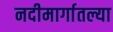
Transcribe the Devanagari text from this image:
नदीमार्गातल्या